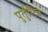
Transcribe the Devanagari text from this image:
पुर्तुगिज